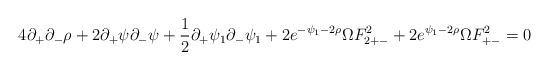
LaTeX: \begin{align*}4\partial_+ \partial_- \rho + 2 \partial_+ \psi \partial_-\psi+\frac{1}{2}\partial_+ \psi_1 \partial_-\psi_1 + 2 e^{-\psi_1-2\rho}\Omega F^2_{2+-}+2e^{\psi_1-2\rho}\Omega F^2_{+-}=0\end{align*}